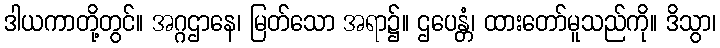
ဒါယကာတို့တွင်။ အဂ္ဂဌာနေ၊ မြတ်သော အရာ၌။ ဌပေန္တံ၊ ထားတော်မူသည်ကို။ ဒိသွာ၊